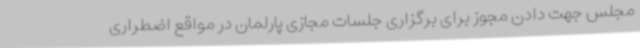
مجلس جهت دادن مجوز برای برگزاری جلسات مجازی پارلمان در مواقع اضطراری